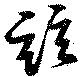
玆